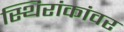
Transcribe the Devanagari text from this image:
स्थिरांकांवर